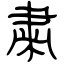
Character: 粛